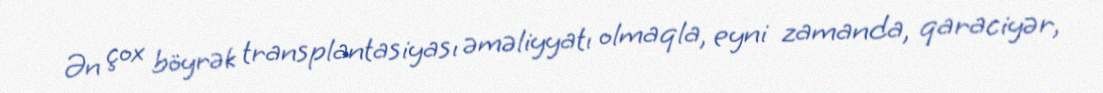
Ən çox böyrək transplantasiyası əməliyyatı olmaqla, eyni zamanda, qaraciyər,